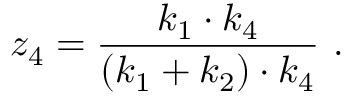
z _ { 4 } = \frac { k _ { 1 } \cdot k _ { 4 } } { ( k _ { 1 } + k _ { 2 } ) \cdot k _ { 4 } } \ .